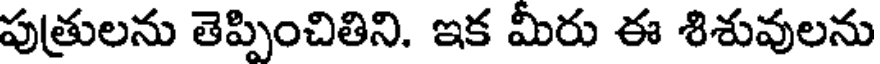
పుత్రులను తెప్పించితిని. ఇక మీరు ఈ శిశువులను